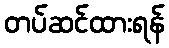
တပ်ဆင်ထားရန်